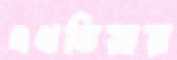
এখতিয়ায়